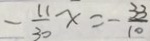
- \frac { 1 1 } { 3 0 } x = - \frac { 3 3 } { 1 0 }